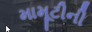
મામૂટીની